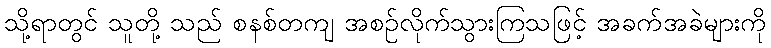
သို့ရာတွင် သူတို့ သည် စနစ်တကျ အစဉ်လိုက်သွားကြသဖြင့် အခက်အခဲများကို